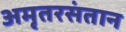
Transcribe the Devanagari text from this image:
अमृतरसंतान